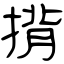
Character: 揹